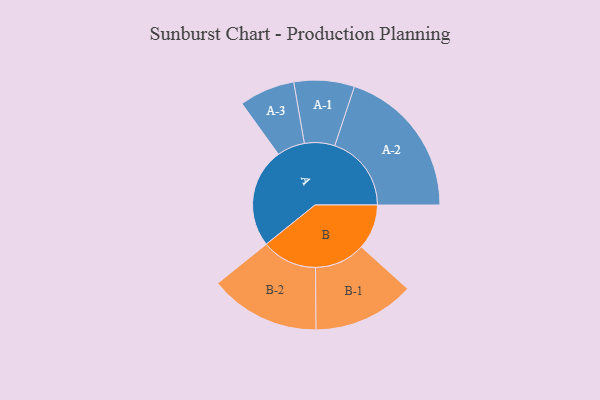
{"axis": {"x": "Segment", "y": "Value"}, "legend": ["", "A", "B"], "data": [{"x": "A", "y": 369, "type": ""}, {"x": "B", "y": 167, "type": ""}, {"x": "A-1", "y": 112, "type": "A"}, {"x": "A-2", "y": 284, "type": "A"}, {"x": "A-3", "y": 103, "type": "A"}, {"x": "B-1", "y": 188, "type": "B"}, {"x": "B-2", "y": 205, "type": "B"}]}